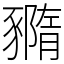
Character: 䝐